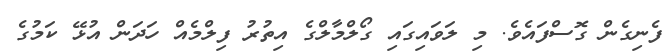
ފެނިގެން ގޮސްފައެވެ. މި ލަވައިގައި ގޯލްމާލްގެ އިތުރު ފިލްމެއް ހަދަން އުޅޭ ކަމުގެ